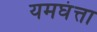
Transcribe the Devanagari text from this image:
यमघंत्ता